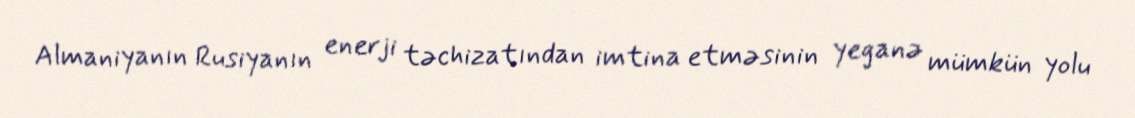
Almaniyanın Rusiyanın enerji təchizatından imtina etməsinin yeganə mümkün yolu